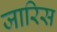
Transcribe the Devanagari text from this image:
जारिस